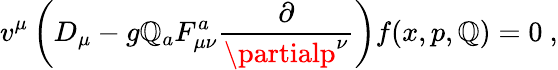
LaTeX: v^{\mu}\left(D_{\mu}-g\mathbb{Q}_{a}F_{\mu\nu}^{a}\frac{{\partial}}{{\partialp^{\nu}}}\right)f(x,p,\mathbb{Q})=0\ ,